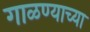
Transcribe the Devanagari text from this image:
गाळण्याच्या